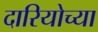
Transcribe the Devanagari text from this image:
दारियोच्या